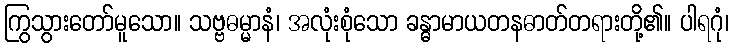
ကြွသွားတော်မူသော။ သဗ္ဗဓမ္မာနံ၊ အလုံးစုံသော ခန္ဓာမာယတနဓာတ်တရားတို့၏။ ပါရဂုံ၊